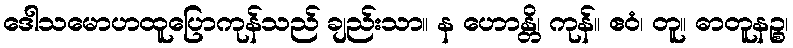
ဒေါသမောဟထူပြောကုန်သည် ချည်းသာ။ န ဟောန္တိ၊ ကုန်။ ဧဝံ၊ တူ။ ဓာတူနဉ္စ၊